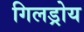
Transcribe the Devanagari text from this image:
गिलड्रोय